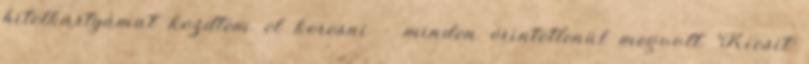
hitelkártyámat kezdtem el keresni – minden érintetlenül megvolt. Kicsit